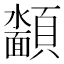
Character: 𮨡